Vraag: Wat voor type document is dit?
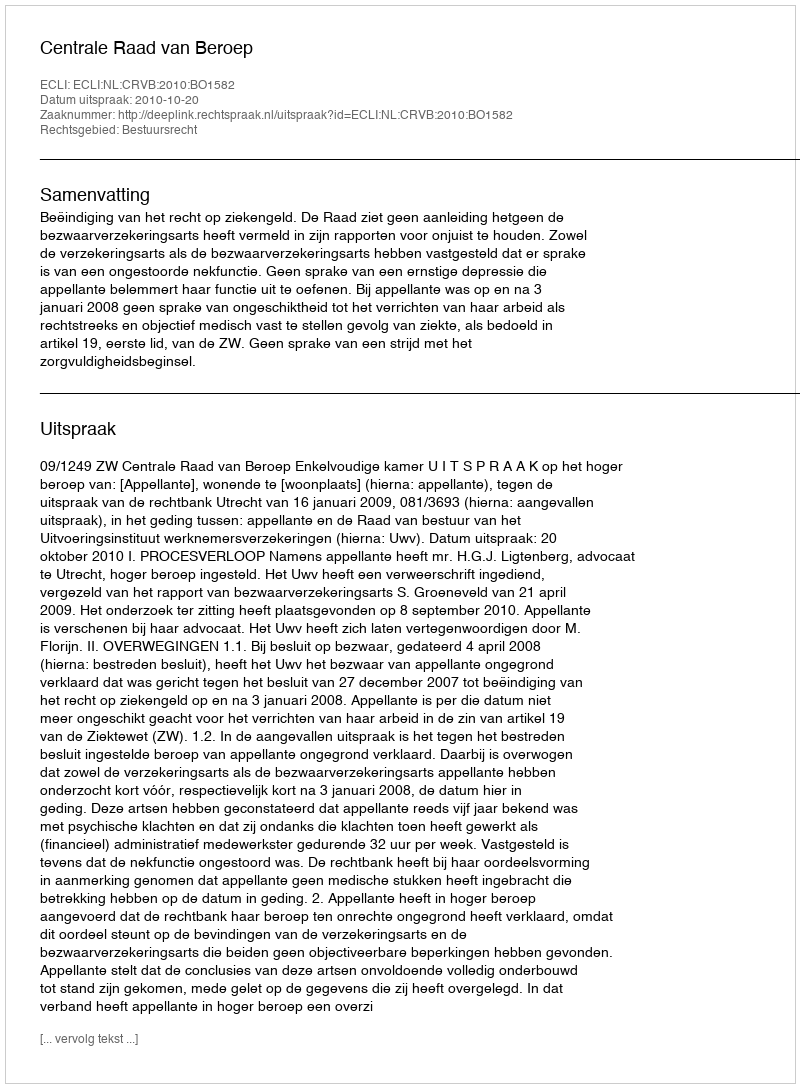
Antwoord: Uitspraak